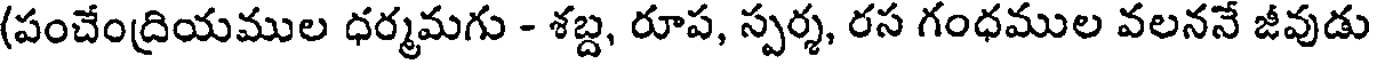
(పంచేంద్రియముల ధర్మమగు - శబ్ద, రూప, స్పర్శ, రస గంధముల వలననే జీవుడు